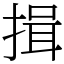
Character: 揖